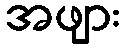
အဖျား